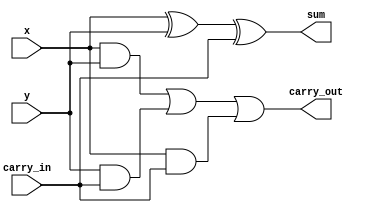
module one_bit_full_adder (x,y,carry_in,sum,carry_out);

input x,y,carry_in;
output sum,carry_out;
wire sum,carry_out;

assign carry_out=((x&y) | (y&carry_in) | (x&carry_in));
assign sum=x^y^carry_in;

endmodule

module four_bit_adder (x,y,carry_in,sum,carry_out);

input [3:0] x,y;
input carry_in;

output [3:0] sum;
output carry_out;
wire [2:0] intermediate_carry;
wire [3:0] sum;
wire carry_out;

one_bit_full_adder fadd0 (x[0],y[0],carry_in,sum[0],intermediate_carry[0]);
one_bit_full_adder fadd1 (x[1],y[1],intermediate_carry[0],sum[1],intermediate_carry[1]);
one_bit_full_adder fadd2 (x[2],y[2],intermediate_carry[1],sum[2],intermediate_carry[2]);
one_bit_full_adder fadd3 (x[3],y[3],intermediate_carry[2],sum[3],carry_out);

endmodule